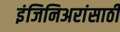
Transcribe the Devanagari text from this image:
इंजिनिअरांसाठी